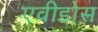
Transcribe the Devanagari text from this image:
एवीडोस